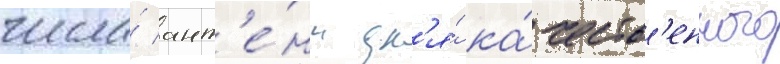
числа́ ант'е́нн дл'я́ ка́честв'енного